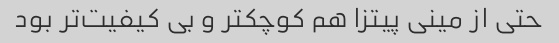
حتی از مینی پیتزا هم کوچکتر و بی کیفیت‌تر بود